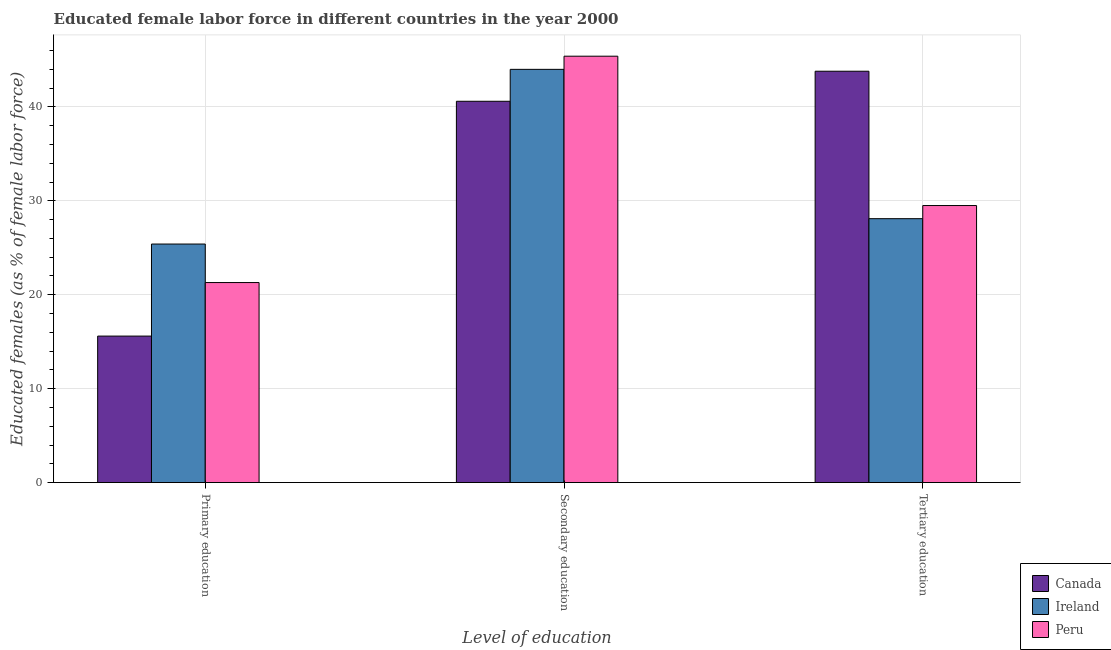
| Level of education | Canada | Ireland | Peru |
 | --- | --- | --- | --- |
 | Primary education | 15.6 | 25.4 | 21.3 |
 | Secondary education | 40.6 | 44 | 45.4 |
 | Tertiary education | 43.8 | 28.1 | 29.5 |